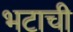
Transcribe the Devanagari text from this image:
भटाची